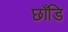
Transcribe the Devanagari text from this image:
छाँडि